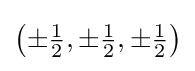
{\textstyle {\bigl (}{\pm {\tfrac {1}{2}}},\pm {\tfrac {1}{2}},\pm {\tfrac {1}{2}}{\bigr )}}